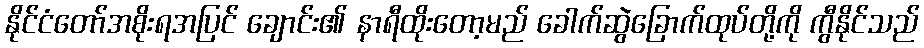
နိုင်ငံတော်အစိုးရအပြင် ချောင်း၏ နာရီထိုးတော့မည် ခေါက်ဆွဲခြောက်ထုပ်တို့ကို ကွီနိုင်သည်